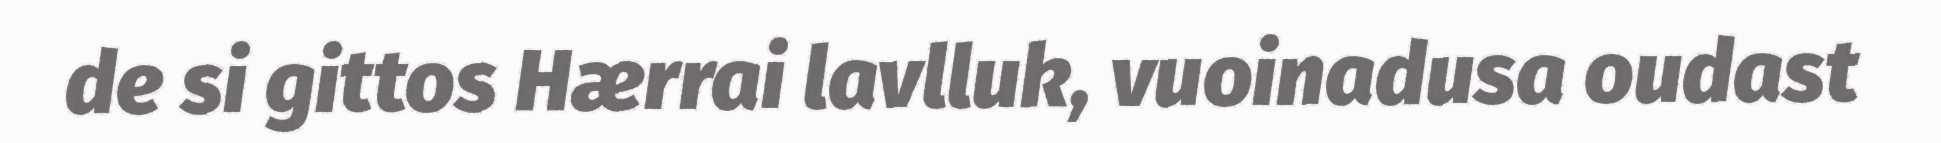
de si gittos Hærrai lavlluk, vuoinadusa oudast